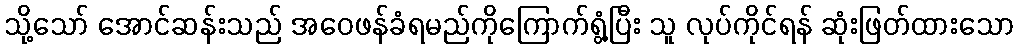
သို့သော် အောင်ဆန်းသည် အဝေဖန်ခံရမည်ကိုကြောက်ရွံ့ပြီး သူ လုပ်ကိုင်ရန် ဆုံးဖြတ်ထားသော